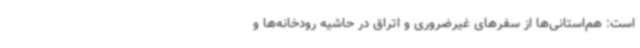
است: هم‌استانی‌ها از سفرهای غیرضروری و اتراق در حاشیه رودخانه‌ها و